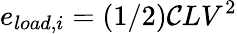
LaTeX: e_{load,i}=(1/2)\mathcal{C}LV^{2}